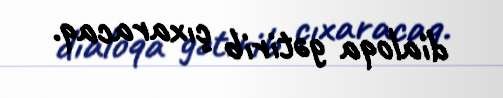
dialoqa gətirib çıxaracaq.